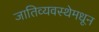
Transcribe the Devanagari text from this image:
जातिव्यवस्थेमधून